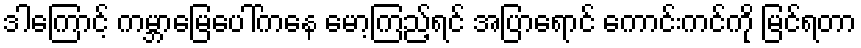
ဒါကြောင့် ကမ္ဘာမြေပေါ်ကနေ မော့ကြည့်ရင် အပြာရောင် ကောင်းကင်ကို မြင်ရတာ